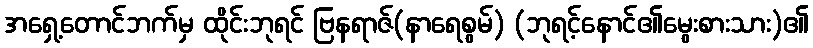
အရှေ့တောင်ဘက်မှ ထိုင်းဘုရင် ဗြနရာဇ်(နာရေစွမ်) (ဘုရင့်နောင်၏မွေးစားသား)၏